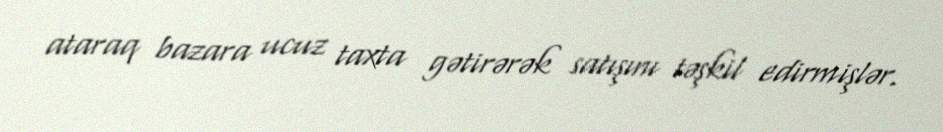
ataraq bazara ucuz taxta gətirərək satışını təşkil edirmişlər.